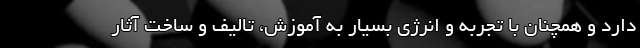
دارد و همچنان با تجربه و انرژی بسیار به آموزش، تالیف و ساخت آثار